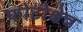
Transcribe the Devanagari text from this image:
फोटोक्षेत्र